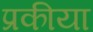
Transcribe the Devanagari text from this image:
प्रकीया